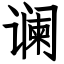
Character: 谰